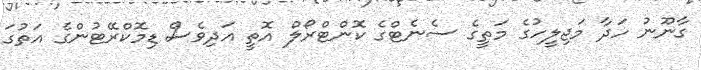
ގާނޫނު ހަދާ މަޖިލީހުގެ މަތީގެ ސެނެޓްގެ ކޮންޓްރޯލް އޮތީ އަދިވެސް ޑިމޮކްރޭޓުންގެ އަތުގަ